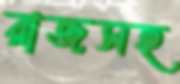
রাজসহ